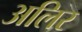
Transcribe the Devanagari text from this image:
अलिर